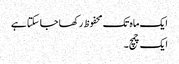
ایک ماہ تک محفوظ رکھا جا سکتا ہے
ایک چمچ۔